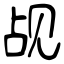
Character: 觇